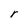
Character: r